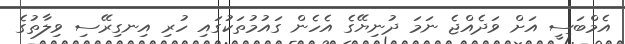
އެމްބަސީ އަށް ވަދެއްޖެ ނަމަ ދުނިޔޭގެ އެހެން ގައުމުތަކުގައި ހުރި އިނގިރޭސި ވިލާތުގެ